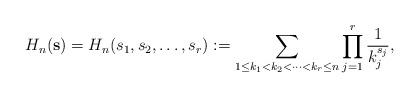
LaTeX: \begin{align*}H_n(\mathbf{s})=H_n(s_1,s_2,\ldots,s_r):=\sum\limits_{1\leq k_1<k_2<\cdots<k_r\leq n}\prod_{j=1}^{r}\frac{1}{k_j^{s_j}},\end{align*}